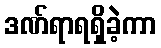
ဒဏ်ရာရရှိခဲ့ကာ